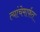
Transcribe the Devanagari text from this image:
त्यांचेमार्फत